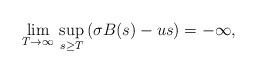
LaTeX: \begin{align*}\lim_{T\to\infty}\,\sup_{s\geq T}\,(\sigma B(s)-us)=-\infty,\end{align*}